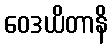
ဝေဒယိတာနိ